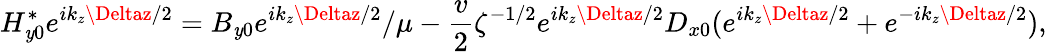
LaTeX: H_{\mathit{y}0}^{*}e^{ik_{z}\Deltaz/2}=B_{\mathit{y}0}e^{ik_{z}\Deltaz/2}/\mu-\frac{{v}}{{2}}\zeta^{-1/2}e^{ik_{z}\Deltaz/2}D_{x0}(e^{ik_{z}\Deltaz/2}+e^{-ik_{z}\Deltaz/2}),